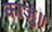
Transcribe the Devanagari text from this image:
काजु॥